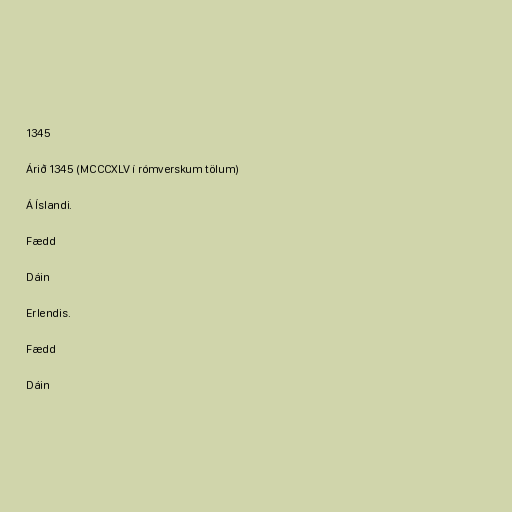
1345

Árið 1345 (MCCCXLV í rómverskum tölum)

Á Íslandi.

Fædd

Dáin

Erlendis.

Fædd

Dáin